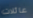
عائلات